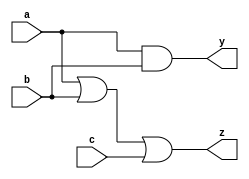
module combinational_logic (
    input wire a,         // First input signal
    input wire b,         // Second input signal
    input wire c,         // Third input signal
    output reg y,         // Output signal
    output reg z          // Another output signal
);

// Always block sensitive to changes in inputs a, b, and c
always @(*) begin
    // Continuous assignment using the '=' operator
    // Example logic: y is the AND of a and b, z is the OR of a, b, and c
    y = a & b;           // y gets the result of a AND b
    z = a | b | c;       // z gets the result of a OR b OR c
end

endmodule